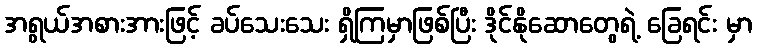
အရွယ်အစားအားဖြင့် ခပ်သေးသေး ရှိကြမှာဖြစ်ပြီး ဒိုင်နိုဆောတွေရဲ့ ခြေရင်း မှာ